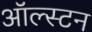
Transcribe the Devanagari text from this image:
ऑल्स्टन